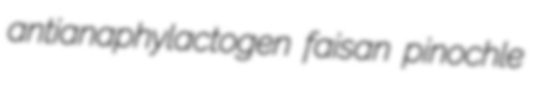
antianaphylactogen faisan pinochle